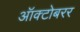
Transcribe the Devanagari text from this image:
ऑक्टोबरर